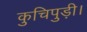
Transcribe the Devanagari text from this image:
कुचिपुड़ी।